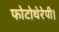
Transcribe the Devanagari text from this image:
फोटोथेरेपी।